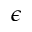
\epsilon